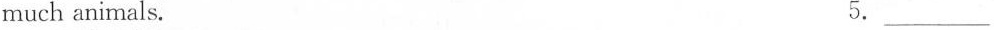
much animals. 5.___